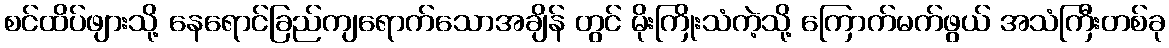
စင်ထိပ်ဖျားသို့ နေရောင်ခြည်ကျရောက်သောအချိန် တွင် မိုးကြိုးသံကဲ့သို့ ကြောက်မက်ဖွယ် အသံကြီးတစ်ခု